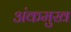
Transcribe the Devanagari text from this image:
अंकमुख